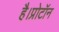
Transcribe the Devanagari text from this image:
है।प्रोटॉन